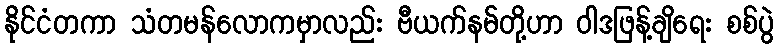
နိုင်ငံတကာ သံတမန်လောကမှာလည်း ဗီယက်နမ်တို့ဟာ ဝါဒဖြန့်ချိရေး စစ်ပွဲ